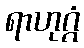
ရာဟုဂ္ဂံ